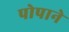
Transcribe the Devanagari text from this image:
पोपाने